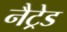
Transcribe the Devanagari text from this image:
नैट्रेड